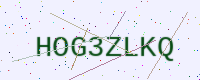
Text: HOG3ZLKQ